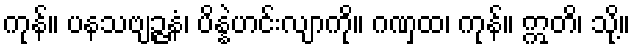
ကုန်။ ပနသဗျဉ္ဇနံ၊ ပိန္နဲဟင်းလျာကို။ ဂဏှထ၊ ကုန်။ ဣတိ၊ သို့။